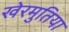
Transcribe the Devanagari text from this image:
खेरमुतिया